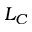
L _ { C }